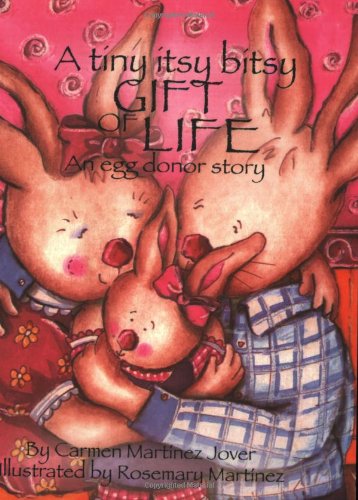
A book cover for A tiny itsy bitsy gift of life, an egg donor story; Carmen Martinez Jover; Parenting & Relationships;